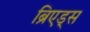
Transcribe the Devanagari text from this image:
ब्रिएड्स